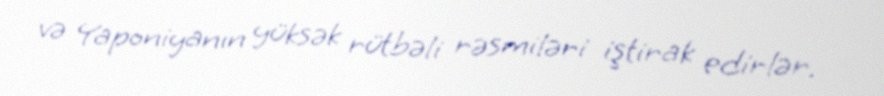
və Yaponiyanın yüksək rütbəli rəsmiləri iştirak edirlər.